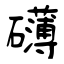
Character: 礡